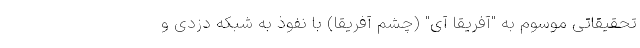
تحقیقاتی موسوم به "آفریقا آی" (چشم آفریقا) با نفوذ به شبکه دزدی و